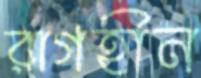
রাগহীন